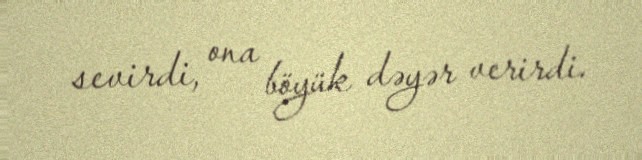
sevirdi, ona böyük dəyər verirdi.